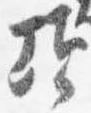
頃